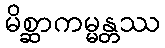
မိစ္ဆာကမ္မန္တဿ